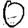
Digit: 0